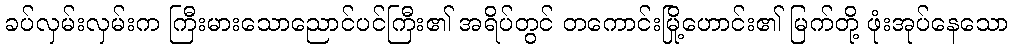
ခပ်လှမ်းလှမ်းက ကြီးမားသောညောင်ပင်ကြီး၏ အရိပ်တွင် တကောင်းမြို့ဟောင်း၏ မြက်တို့ ဖုံးအုပ်နေသော